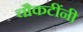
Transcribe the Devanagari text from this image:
चौकटींनी